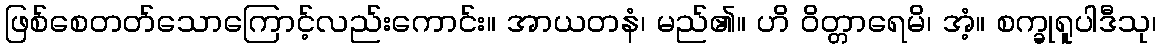
ဖြစ်စေတတ်သောကြောင့်လည်းကောင်း။ အာယတနံ၊ မည်၏။ ဟိ ဝိတ္တာရေမိ၊ အံ့။ စက္ခုရူပါဒီသု၊